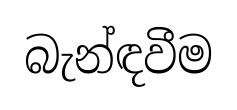
බැන්ඳවීම